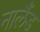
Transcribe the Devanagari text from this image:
नालैंड